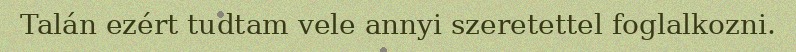
Talán ezért tudtam vele annyi szeretettel foglalkozni.